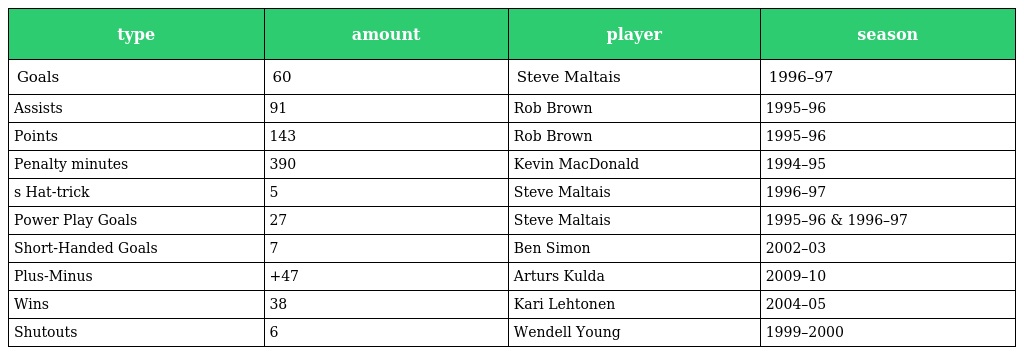
| type | amount | player | season |
 | --- | --- | --- | --- |
 | Goals | 60 | Steve Maltais | 1996–97 |
 | Assists | 91 | Rob Brown | 1995–96 |
 | Points | 143 | Rob Brown | 1995–96 |
 | Penalty minutes | 390 | Kevin MacDonald | 1994–95 |
 | s Hat-trick | 5 | Steve Maltais | 1996–97 |
 | Power Play Goals | 27 | Steve Maltais | 1995–96 & 1996–97 |
 | Short-Handed Goals | 7 | Ben Simon | 2002–03 |
 | Plus-Minus | +47 | Arturs Kulda | 2009–10 |
 | Wins | 38 | Kari Lehtonen | 2004–05 |
 | Shutouts | 6 | Wendell Young | 1999–2000 |